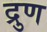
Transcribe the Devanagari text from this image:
द्रुण